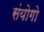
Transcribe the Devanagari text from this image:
संयोगो